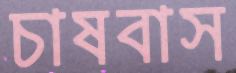
চাষবাস